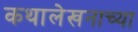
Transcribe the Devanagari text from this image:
कथालेखनाच्या